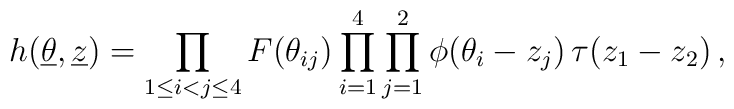
h(\underline{\theta },{\underline{z}})=\prod_{1\le i<j\le 4}F(\theta_{ij})\prod_{i=1}^{4}\prod_{j=1}^{2}\phi (\theta _{i}-z_{j})\,\tau(z_{1}-z_{2})\,,